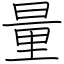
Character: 量